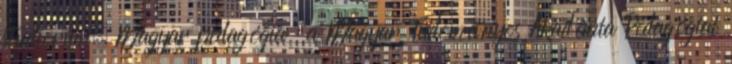
studiorum. Magyar pedagógia : a Magyar Tudományos Akadémia Pedagógiai